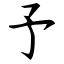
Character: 予